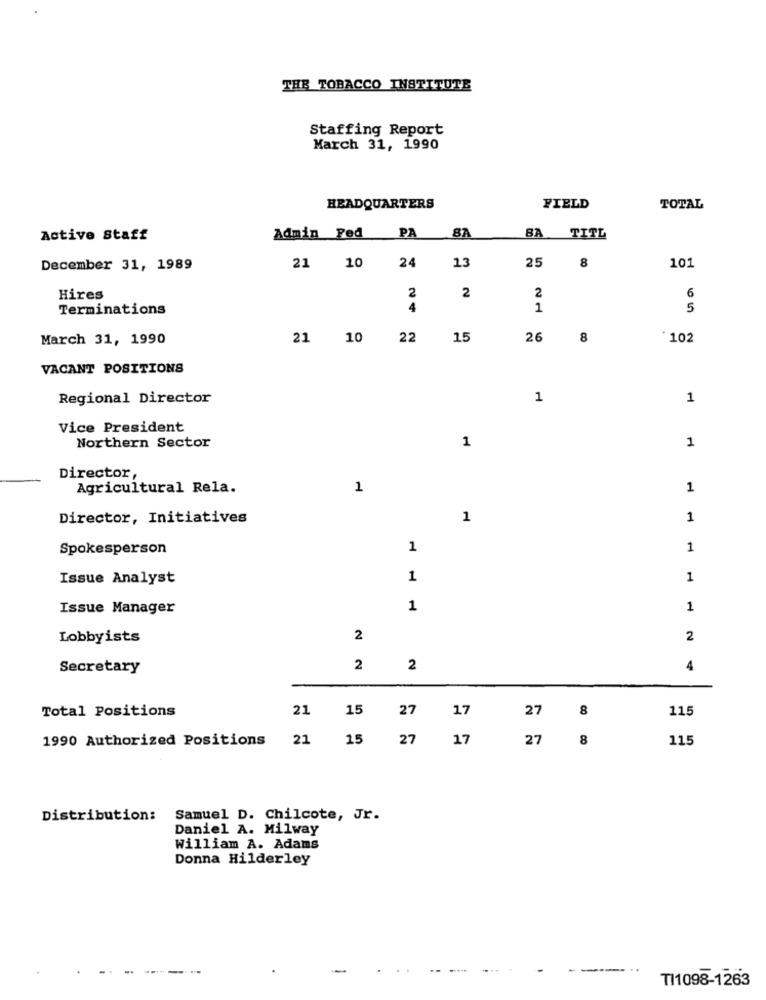
THE TOBACCO INSTITUTE
Staffing Report
March 31, 1990
HEADQUARTERS
FIELD
TOTAL
Active Staff
Admin Fed
PA
87
BA
TITL
13
25
8
December 31, 1989
21 10 24
101
6
Hires
2
2
2
Terminations
4
1
5
March 31, 1990
21 10
22 15
26
8
102
VACANT POSITIONS
Regional Director
1
1
Vice President
Northern Sector
1
1
Director,
Agricultural Rela.
1
1
Director, Initiatives
1
1
Spokesperson
1
1
Issue Analyst
1
1
Issue Manager
1
1
Lobbyists
2
2
Secretary
2
2
4
Total Positions
21
15
27
17
8
115
27
1990 Authorized Positions
21
15 27 17
27
8
115
Distribution:
Samuel D. Chilcote, Jr.
Daniel A. Milway
William A. Adams
Donna Hilderley
- ---
---- ..
TI1098-1263